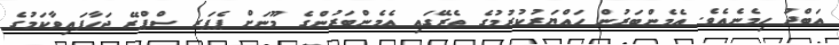
ޢަބްދު ހިމެނެއެވެ. އެމެންބަރުން ހައްޔަރުކުރުމުގެ ތެރޭގައި އެމެންބަރުންގެ މޫނަށް ޕެޕަރ ސްޕްރޭ ޖަހާފައިވާކަމުގެ